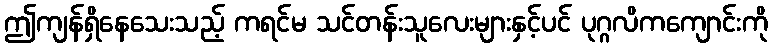
ဤကျန်ရှိနေသေးသည့် ကရင်မ သင်တန်းသူလေးများနှင့်ပင် ပုဂ္ဂလိကကျောင်းကို